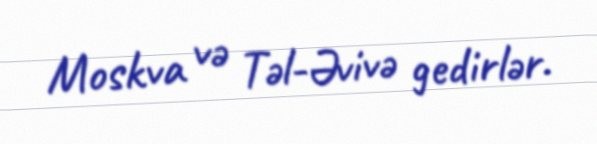
Moskva və Təl-Əvivə gedirlər.